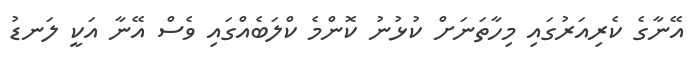
އޭނާގެ ކެރިއަރުގައި މިހާތަނަށް ކުޅުނު ކޮންމެ ކްލަބެއްގައި ވެސް އޭނާ އަކީ ލަނޑު